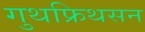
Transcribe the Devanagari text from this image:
गुथफ्रिथसन